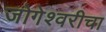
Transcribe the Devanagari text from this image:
जोगेश्वरीचा